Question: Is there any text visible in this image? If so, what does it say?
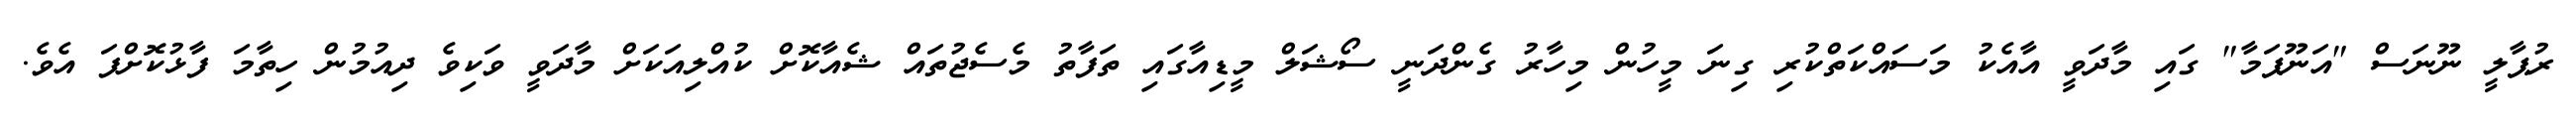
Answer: ރުޕާލީ ނޫނަސް "އަނޫޕަމާ" ގައި މާދަވީ އާއެކު މަސައްކަތްކުރި ގިނަ މީހުން މިހާރު ގެންދަނީ ސޯޝަލް މީޑިއާގައި ތަފާތު މެސެޖުތައް ޝެއާކޮށް ކުއްލިއަކަށް މާދަވީ ވަކިވެ ދިއުމުން ހިތާމަ ފާޅުކޮށްފަ އެވެ.